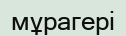
мұрагері